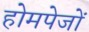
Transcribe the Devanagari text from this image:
होमपेजों